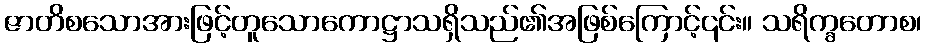
ဇာတိစသောအားဖြင့်တူသောကောဋ္ဌာသရှိသည်၏အဖြစ်ကြောင့်၎င်း။ သရိက္ခတောစ၊